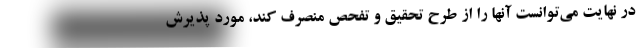
در نهایت می‌توانست آنها را از طرح تحقیق و تفحص منصرف کند، مورد پذیرش